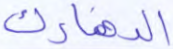
الدنمارك